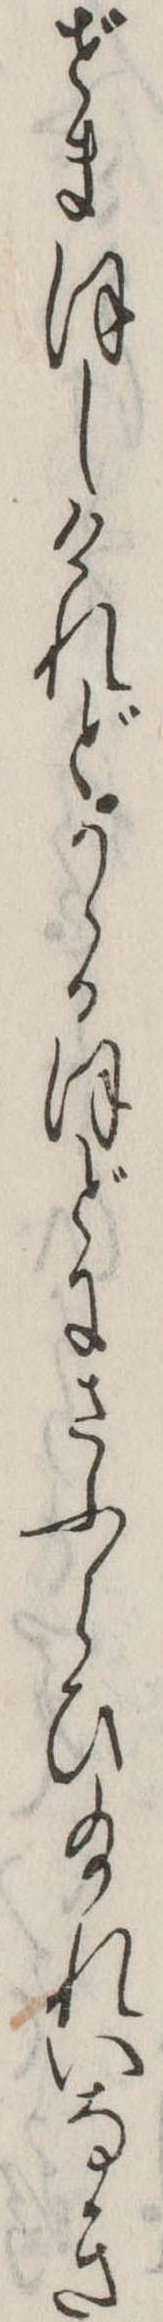
ぜまほしけれどかゝるほどにさふらひ給れいなき